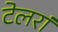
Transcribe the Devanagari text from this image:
टेलरां